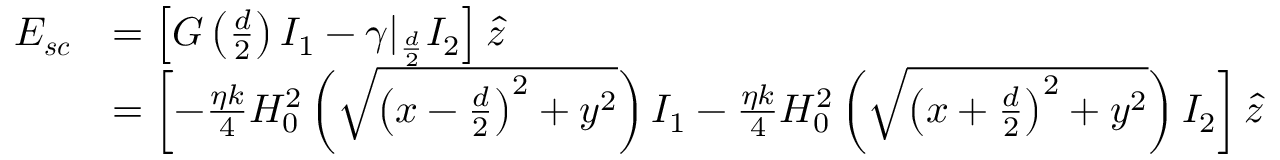
\begin{array} { r l } { \boldsymbol { E _ { s c } } } & { = \left[ G \left( \frac { d } { 2 } \right) I _ { 1 } - \gamma | _ { \frac { d } { 2 } } I _ { 2 } \right] \hat { z } } \\ & { = \left[ - \frac { \eta k } { 4 } H _ { 0 } ^ { 2 } \left( \sqrt { \left( x - \frac { d } { 2 } \right) ^ { 2 } + y ^ { 2 } } \right) I _ { 1 } - \frac { \eta k } { 4 } H _ { 0 } ^ { 2 } \left( \sqrt { \left( x + \frac { d } { 2 } \right) ^ { 2 } + y ^ { 2 } } \right) I _ { 2 } \right] \hat { z } } \end{array}